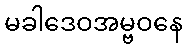
မခါဒေဝအမ္ဗဝနေ